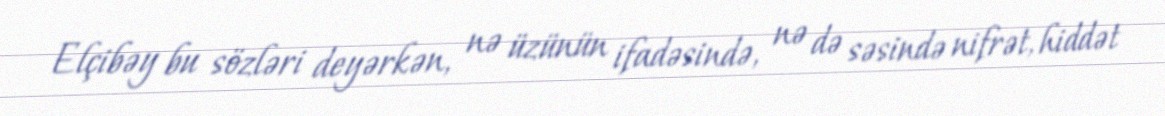
Elçibəy bu sözləri deyərkən, nə üzünün ifadəsində, nə də səsində nifrət, hiddət